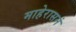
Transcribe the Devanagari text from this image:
माहेरासनं